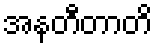
အနတီတာတိ